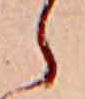
ら